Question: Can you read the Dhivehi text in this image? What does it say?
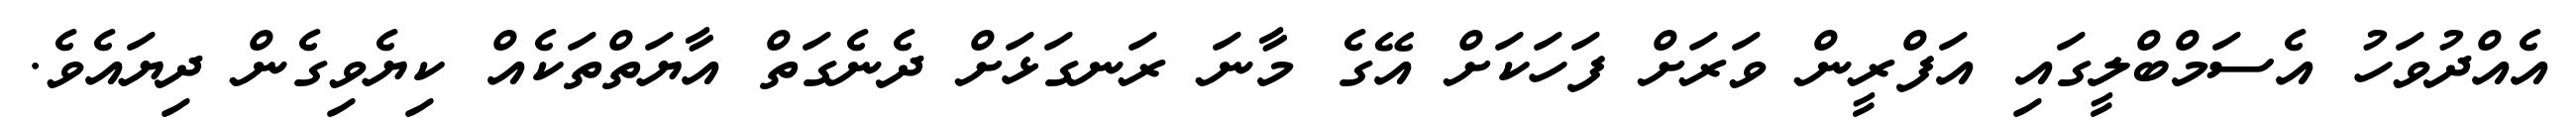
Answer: އެއްދުވަހު އެސަމްބްލީގައި އަފްރީން ވަރަށް ފަހަކަށް އޭގެ މާނަ ރަނގަޅަށް ދެނެގަތް އާޔަތްތަކެއް ކިޔެވިގެން ދިޔައެވެ.